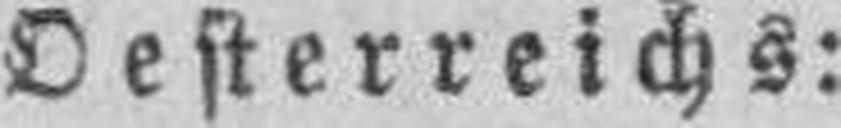
Oesterreichs: